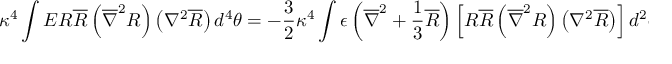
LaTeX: \kappa ^ { 4 } \int E R \overline { { { R } } } \left( \overline { { { \nabla } } } ^ { 2 } R \right) \left( \nabla ^ { 2 } \overline { { { R } } } \right) d ^ { 4 } \theta = - \frac { 3 } { 2 } \kappa ^ { 4 } \int \epsilon \left( \overline { { { \nabla } } } ^ { 2 } + \frac { 1 } { 3 } \overline { { { R } } } \right) \left[ R \overline { { { R } } } \left( \overline { { { \nabla } } } ^ { 2 } R \right) \left( \nabla ^ { 2 } \overline { { { R } } } \right) \right] d ^ { 2 } \theta + \mathrm { h . c . }